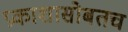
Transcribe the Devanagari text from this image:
प्रकाशासोबतच